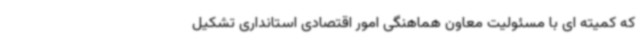
که کمیته ای با مسئولیت معاون هماهنگی امور اقتصادی استانداری تشکیل